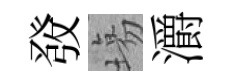
𤼲塲灂